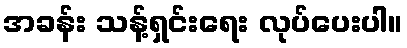
အခန်း သန့်ရှင်းရေး လုပ်ပေးပါ။